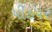
પીઠપર